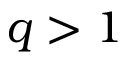
q > 1